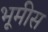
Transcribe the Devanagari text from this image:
भूमीस